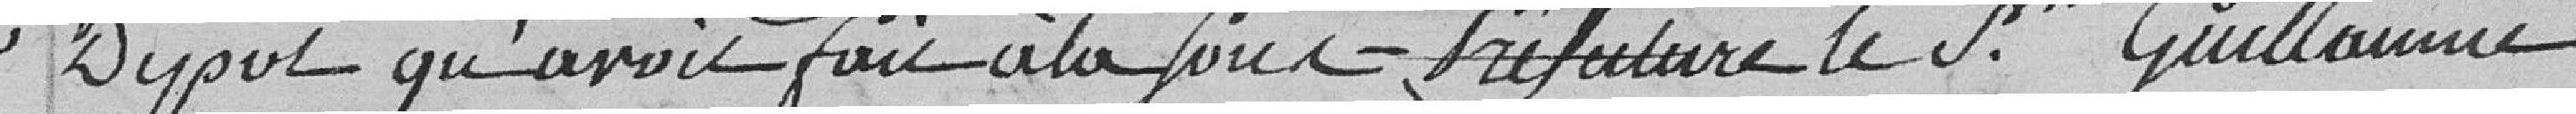
dépôt qu'avait fait à la Sous-Préfecture le sieur Guillaumé